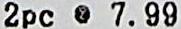
2PC @ 7.99